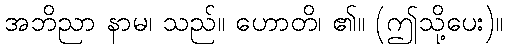
အဘိညာ နာမ၊ သည်။ ဟောတိ၊ ၏။ (ဤသို့ပေး)။